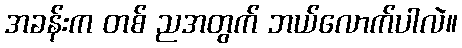
အခန်းက တစ် ညအတွက် ဘယ်လောက်ပါလဲ။